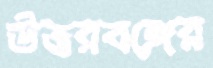
ঊত্তরবঙ্গের